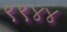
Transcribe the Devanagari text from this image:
९९४४